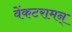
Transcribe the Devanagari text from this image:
वेंकटरामन्